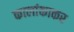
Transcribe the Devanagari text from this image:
कालांकाकर